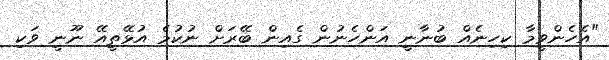
"އެހެންވީމާ ކިހިނެއް ބުނާނީ އަންހެނުން ގެއިން ބޭރަށް ނުކުމެ އުޅޭތީއޭ ނޫނީ ވަކި